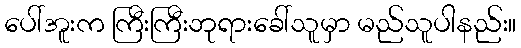
ပေါ်အူးက ကြီးကြီးဘုရားခေါ်သူမှာ မည်သူပါနည်း။